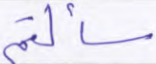
سألتم